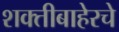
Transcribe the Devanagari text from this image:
शक्तीबाहेरचे